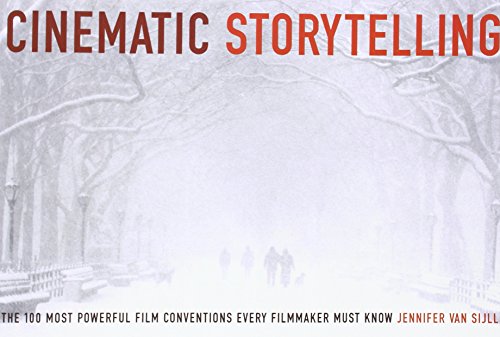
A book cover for Cinematic Storytelling: The 100 Most Powerful Film Conventions Every Filmmaker Must Know; Jennifer Van Sijll; Humor & Entertainment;